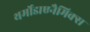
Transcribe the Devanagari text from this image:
थर्मोडाएनैमिक्स